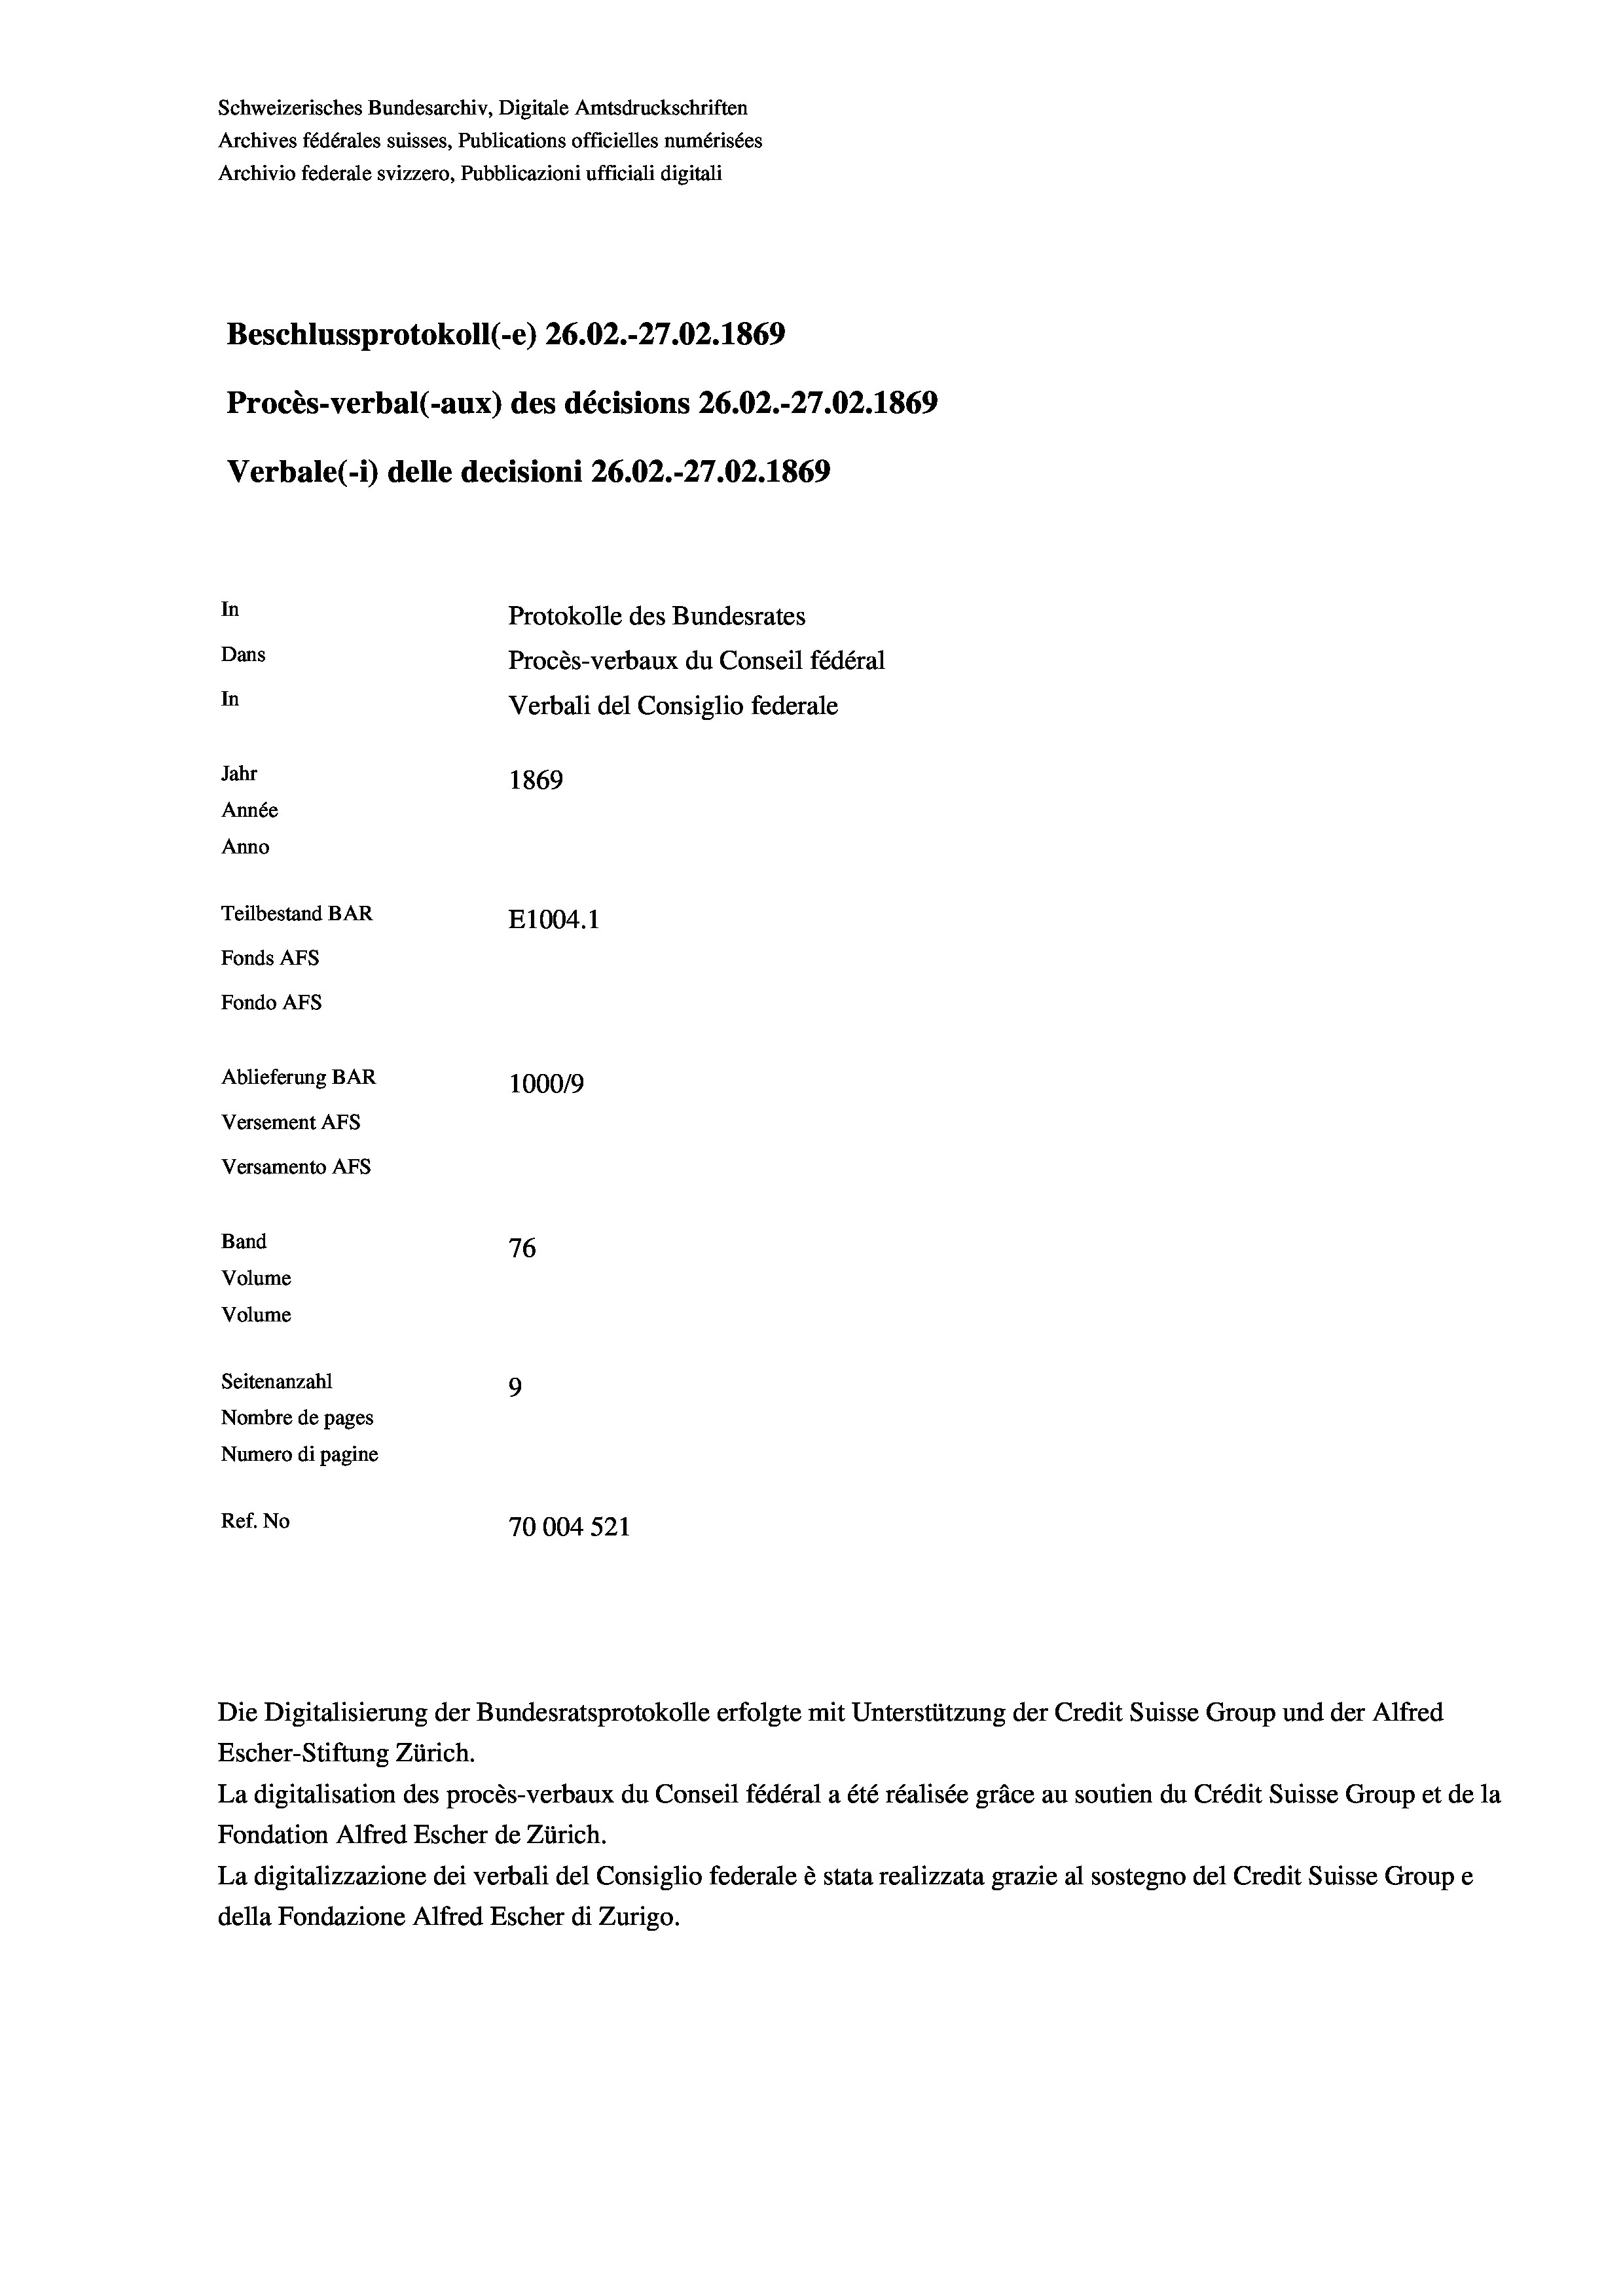
Schweizerisches Bundesarchiv, Digitale Amtsdruckschriften
Archives fédérales suisses, Publications officielles numérisées
Archivio federale svizzero, Pubblicazioni ufficiali digitali
Beschlussprotokoll (-e) 26.02.-27.02. 1869
Procès-verbal (-aux) des décisions 26.02.-27.02. 1869
Verbale(-*) delle decisioni 26.02.-27.02. 1869
In
Protokolle des Bundesrates
Dans
Procès-verbaux du Conseil fédéral
In
Verbali del Consiglio federale
Jahr
1869
Année
Anno
Teilbestand BAR
E1004. 1
Fonds AFs
Fondo AFs
Ablieferung BAR
100019
Versement As
Versamento AFs
Band
76
Volume
Volume
Seitenanzahl
9
Nombre de pages
Numero di pagine
Ref. No
70004 521

Escher-Stiftung Zürich.
La digitalisation des procès-verbaux du Conseil fédéral a été réalisée gräce au soutien du Crédit Suisse Group et de la
Fondation Alfred Escher de Zürich.
La digitalizzazione dei verbali del Consiglio federale è stata realizzata grazie al sostegno del Credit Suisse Groupe
della Fondazione Alfred Escher di Zurigo.

Die Digitalisierung der Bundesratsprotokolle erfolgte mit Unterstützung der Credit Suisse Group und der Alfred